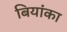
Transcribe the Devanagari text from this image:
बियांका